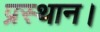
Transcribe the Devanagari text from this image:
प्रस्‍थान।